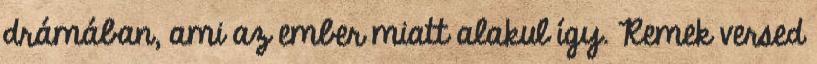
drámában, ami az ember miatt alakul így. Remek versed